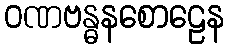
ဝဏဗန္ဓနစောဠေန